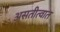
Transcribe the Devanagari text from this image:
असतीत्वात